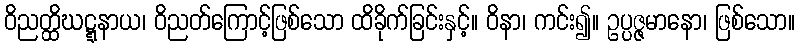
ဝိညတ္ထိဃဋ္ဋနာယ၊ ဝိညတ်ကြောင့်ဖြစ်သော ထိခိုက်ခြင်းနှင့်။ ဝိနာ၊ ကင်း၍။ ဥပ္ပဇ္ဇမာနော၊ ဖြစ်သော။